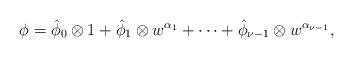
LaTeX: \begin{align*}\phi=\hat\phi_0\otimes 1+\hat\phi_1\otimes w^{\alpha_1} +\cdots + \hat\phi_{\nu-1}\otimes w^{\alpha_{\nu-1}},\end{align*}